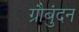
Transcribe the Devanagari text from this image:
ग्रौबुंदन